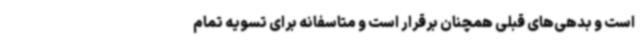
است و بدهی‌های قبلی همچنان برقرار است و متاسفانه برای تسویه تمام